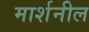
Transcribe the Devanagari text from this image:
मार्शनील